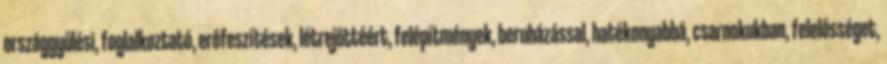
országgyűlési, foglalkoztató, erőfeszítések, létrejöttéért, felépítmények, beruházással, hatékonyabbá, csarnokukban, felelősséget,